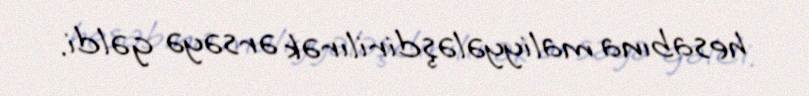
hesabına maliyyələşdirilırək ərsəyə gəldi.